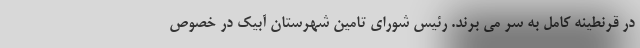
در قرنطینه کامل به سر می برند. رئیس شورای تامین شهرستان آبیک در خصوص